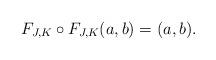
LaTeX: \begin{align*} F_{J,K}\circ F_{J,K}(a,b)=(a,b). \end{align*}